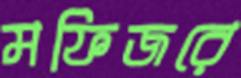
মফিজরে